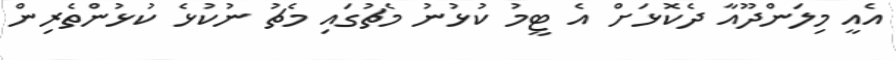
އެއީ މިލަންދޫއާ ދެކޮޅަށް އެ ޓީމު ކުޅުނު މެޗުގައި މެޗު ނުކުޅެ ކުޅުންތެރިން